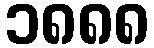
၁၈၈၈